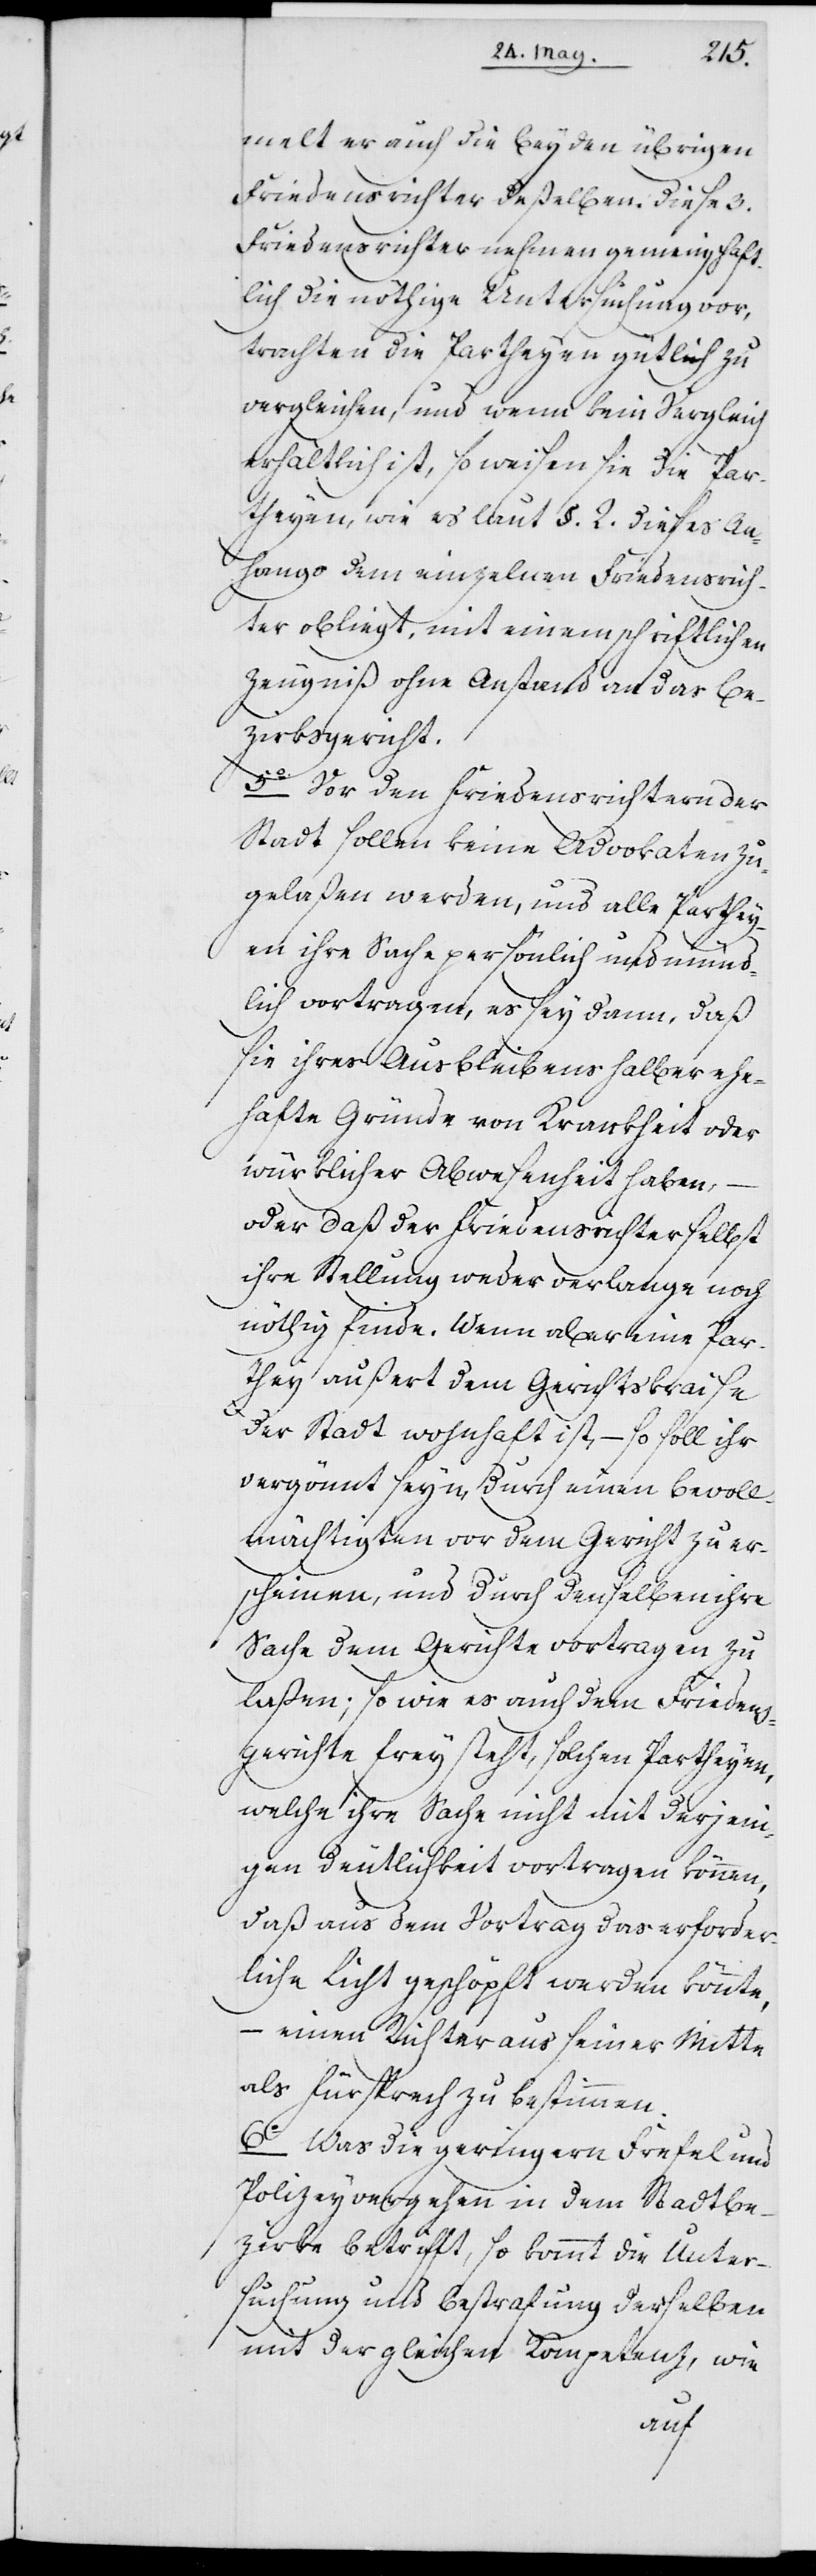
melt er auch die beyden übrigen
Friedensrichter deßelben. Diese 3.
Friedensrichter nehmen gemeinschaft¬
lich die nöthige Untersuchung vor,
trachten die Partheyen gütlich zu
vergleichen, und wenn kein Vergleich
erhältlich ist, so weisen sie die Par¬
theyen, wie es laut §. 2. dieses An¬
hangs dem einzelnen Friedensrich¬
ter obliegt, mit einem schriftlichen
Zeugniß ohne Anstand an das Be¬
zirksgericht.
5o Vor den Friedensrichtern der
Stadt sollen keine Advokaten zu¬
gelaßen werden, und alle Parthey¬
en ihre Sache persönlich und münd¬
lich vortragen, es sey dann, daß
sie ihres Ausbleibens halber ehr¬
hafte Gründe von Krankheit oder
würklicher Abwesenheit haben,
oder daß der Friedensrichter selbst
ihre Stellung weder verlange noch
nöthig finde. Wenn aber eine Par¬
they außert dem Gerichtskraise
der Stadt wohnhaft ist, – so soll ihr
vergönnt seyn, durch einen Bevoll¬
mächtigten vor dem Gericht zu er¬
scheinen, und durch denselben ihre
Sache dem Gerichte vortragen zu
laßen; so wie es auch dem Friedens¬
gerichte frey steht, solchen Partheyen,
welche ihre Sache nicht mit derjeni¬
gen Deutlichkeit vortragen können,
daß aus dem Vortrag das erforder¬
liche Licht geschöpft werden könnte,
– einen Richter aus seiner Mitte
als Fürsprech zu bestimmen.
6o Was die geringern Frefel und
Polizeyvergehen in dem Stadtbe¬
zirke betrifft, so kommt die Unter¬
suchung und Bestrafung derselben
mit der gleichen Kompetenz, wie